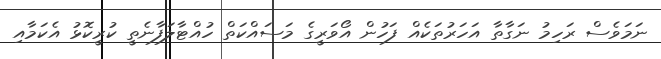
ނަމަވެސް ރަހިމު ނަގާތާ އަހަރުތަކެއް ފަހުން އޯވަރީގެ މަސައްކަތް ހުއްޓާލަފާނެތީ ކުރީކޮޅު އެކަމާއި